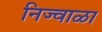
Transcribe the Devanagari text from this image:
निज्वाळा